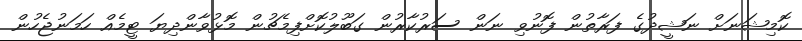
ކޮމިޝަނަށް ނަޝީދުގެ ފަރާތުން ފޮނުވި ނަން ސަރުކާރުން ގަބޫލުކޮށްފިމެޗުން މޮޅުވާންދިޔަ ޓީމެއް ހަމަނުޖެހުން